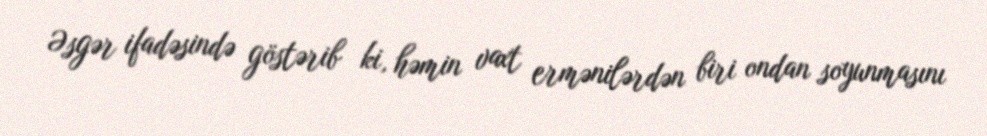
Əsgər ifadəsində göstərib ki, həmin vaxt ermənilərdən biri ondan soyunmasını